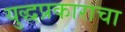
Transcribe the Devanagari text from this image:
युद्धप्रकाराचा